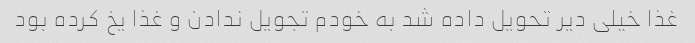
غذا خیلی دیر تحویل داده شد به خودم تجویل ندادن و غذا یخ کرده بود